Burma Government Medical School reports 1923-41
Year: 1923
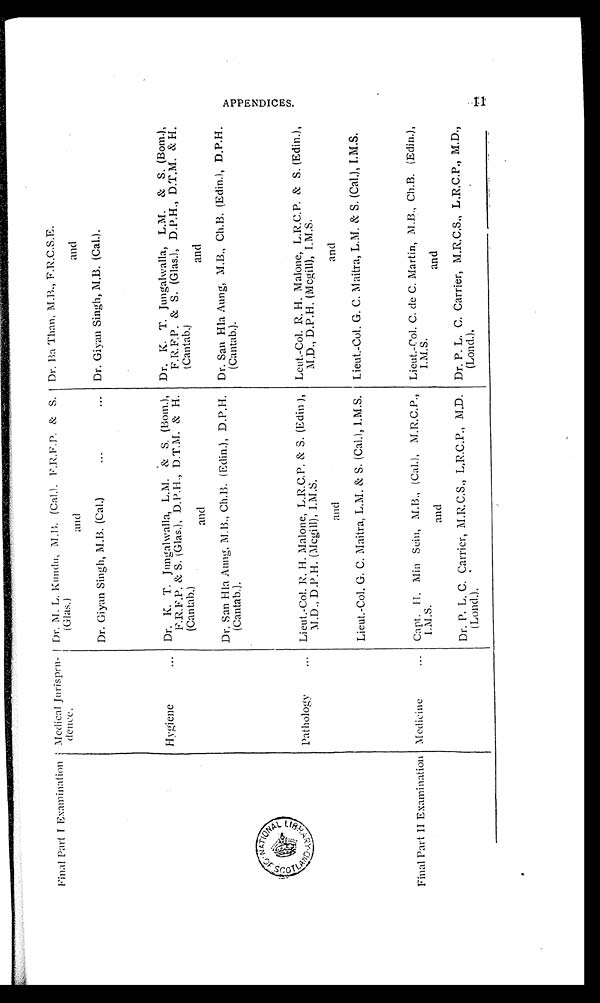
Fi nal Part I Exami nat i on
Medical Jurispru-
dence.
Dr. M. L. Kundu, M.B. (Cal.). F.R.F.P. & S.
(Glas.)
Dr. Ba Than, M.B., F.R.C.S.E.
and
and
Dr. Giyan Singh, M.B. (Cal.)
Dr. Giyan Singh, M.B. (Cal.).
Hygiene
Dr. K. T. Jungalwalla, L.M. & S. (Bom.),
F.R.F.P. & S. (Glas.), D.P.H., D.T.M. & H.
(Cantab.)
Dr. K. T. Jungalwalla, L.M. & S. (Bom.),
F.R.F.P. & S. (Glas.), D.P.H., D.T.M. & H.
(Cantab.)
and
and
Dr. San Hla Aung, M.D., Ch.B. (Edin.), D.P.H.
(Cantab.).
Dr. San Hla Aung, M.B., Ch.B. (Edin.), D.P.H.
(Cantab.).
Pathology
Lieut.-Col. R. H. Malone, L.R.C.P. & S. (Edin ),
M.D., D.P.H. (Mcgill), I.M.S.
Leut.-Col. R. H. Malone, L.R.C.P. & S. (Edin.),
M.D., D.P.H. (Mcgill), I.M.S.
and
and
Lieut.-Col. G. C. Maitra, L.M. & S. (Cal.), I.M.S. Lieut.-Col. G. C. Maitra, L.M. & S. (Cal.), I.M.S.
Final Part II Examination Medicine
Capt. H. Min Sein, M.B., (Cal.), M.R.C.P.,
I.M.S.
Lieut.-Col. C. de C. Martin, M.B., Ch.B. (Edin.),
I.M.S.
and
and
Dr. P. L. C. Carrier, M.R.C.S., L.R.C.P., M.D.
(Lond.).
Dr. P. L. C. Carrier, M.R.C.S., L.R.C.P., M.D.,
(Lond.).
A P P E N D I C E S .
1 1